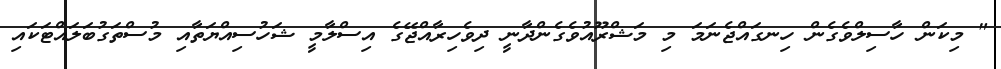
" މިކަން ހާސިލްވެގެން ހިނގައްޖެނަމަ މި މަޝްރޫއުވެގެންދާނީ ދިވެހިރާއްޖޭގެ އިސްލާމީ ޝަހުސިއްޔަތާއި މުސްތަގުބަލައްޓަކައި